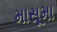
માસૂમા